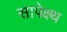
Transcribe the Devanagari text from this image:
सापेक्ष्थ